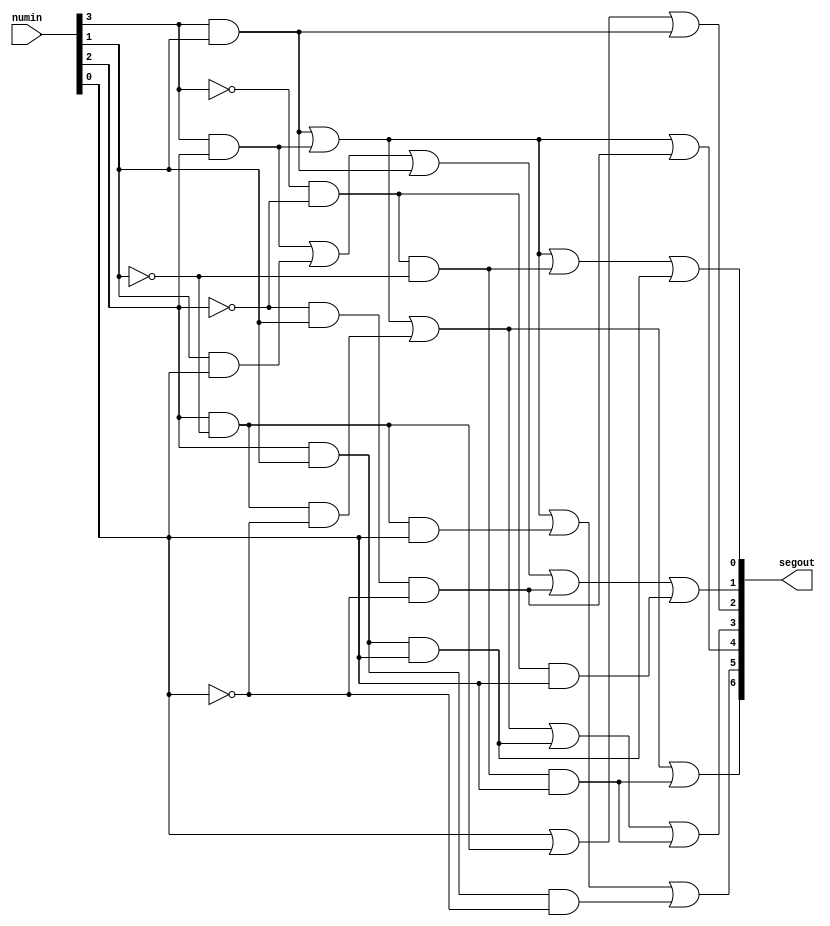
`timescale 1ns / 1ps

module SevenSegment(numin, segout);
    input	[3:0] numin;
    output	reg [6:0] segout;//segout[6] - seg_a, segout[5] - seg_b, segout[4] - seg_c,
                          //segout[3] - seg_d, segout[2] - seg_e, segout[1] - seg_f, segout[0] - seg_g
    always @(numin)
    begin
        //segment a
        segout[6] <= (numin[3]& numin[1]) | (numin[3]& numin[2]) | (numin[2]& ~numin[1]& ~numin[0]) | (~numin[3]& ~numin[2]& ~numin[1]& numin[0]);
        
        //Write the code for segment b to g below
        //segment b
        segout[5] <= (numin[3] & numin[2]) | (numin[3] & numin[1]) | (numin[2] & ~numin[1] & numin[0]) | (numin[2] & numin[1] & ~numin[0]);
        //segment c
        segout[4] <= (numin[3] & numin[2]) | (numin[3] & numin[1]) | (~numin[2] & numin[1] & ~numin[0]);
        //segment d
        segout[3] <= (numin[3] & numin[2]) | (numin[3] & numin[1]) | (numin[2] & ~numin[1] & ~numin[0]) | (numin[2] & numin[1] & numin[0]) | (~numin[3] & ~numin[2] & ~numin[1] & numin[0]);
        //segment e
		segout[2] <= (numin[0]) | (numin[2] & ~numin[1]) | (numin[3] & numin[1]);
        //segment f
        segout[1] <= (numin[3] & numin[2]) | (numin[1] & numin[0]) | (numin[3] & numin[1]) | (~numin[2] & numin[1] & ~numin[0]) | (~numin[3] & ~numin[2] & numin[0]);
        //segment g
		segout[0] <= (numin[3] & numin[2]) | (numin[3] & numin[1]) | (~numin[3] & ~numin[2] & ~numin[1]) | (numin[2] & numin[1] & numin[0]);
       
    end

endmodule